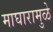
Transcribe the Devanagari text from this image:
माघारामुळे